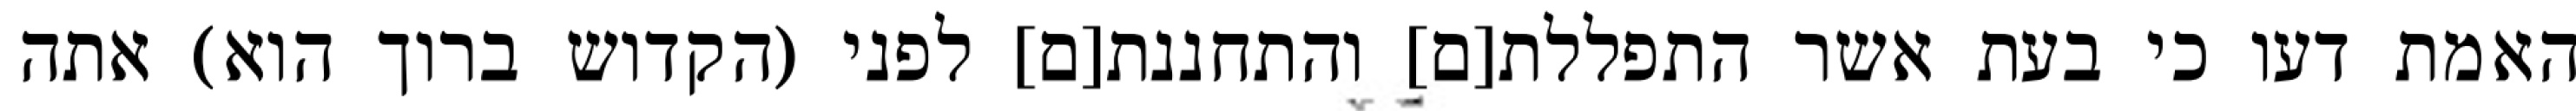
האמת דעו כי בעת אשר התפללת[ם] והתחננת[ם] לפני (הקדוש ברוך הוא) אתה